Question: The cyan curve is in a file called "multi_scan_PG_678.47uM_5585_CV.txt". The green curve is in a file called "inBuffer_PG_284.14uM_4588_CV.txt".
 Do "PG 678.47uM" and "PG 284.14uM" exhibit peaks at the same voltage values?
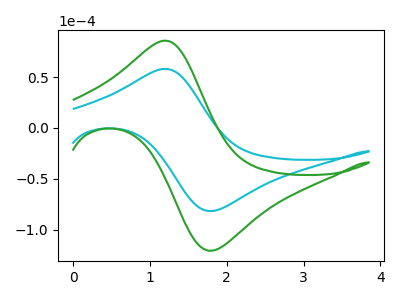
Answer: <think>The cyan curve "PG 678.47uM" has an anodic peak at (1.20V, 58.00uA) and a cathodic peak at (1.80V, -81.45uA). The green curve "PG 284.14uM" has an anodic peak at (1.20V, 85.70uA) and a cathodic peak at (1.80V, -120.35uA).</think>
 <answer>Yes, "PG 678.47uM" have a peak in "PG 284.14uM" at the same potential.</answer>
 <eval>match</eval>